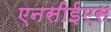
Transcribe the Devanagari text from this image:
एनसीईएस